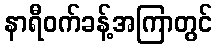
နာရီဝက်ခန့်အကြာတွင်